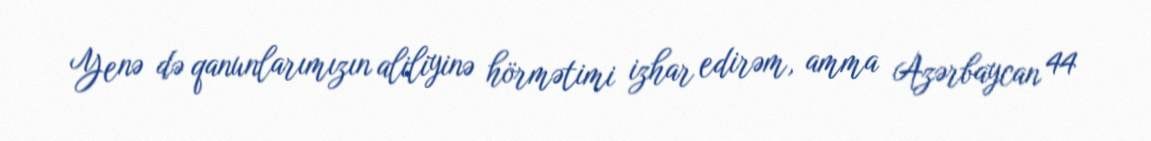
Yenə də qanunlarımızın aliliyinə hörmətimi izhar edirəm, amma Azərbaycan 44